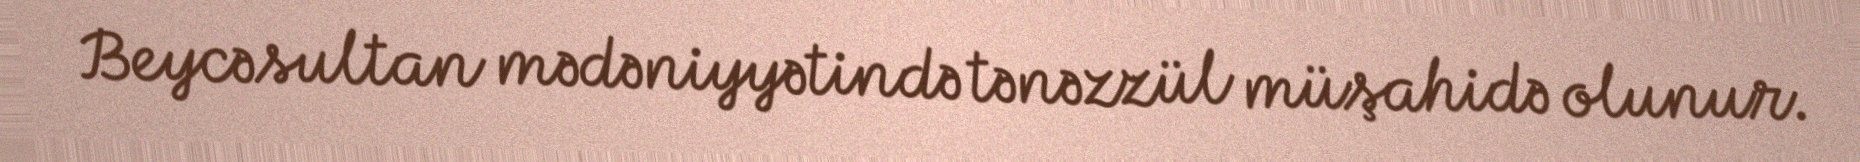
Beycəsultan mədəniyyətində tənəzzül müşahidə olunur.